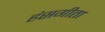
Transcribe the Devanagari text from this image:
हंसगीता